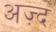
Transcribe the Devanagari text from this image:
अज़्द